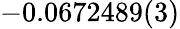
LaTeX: -0.0672489(3)